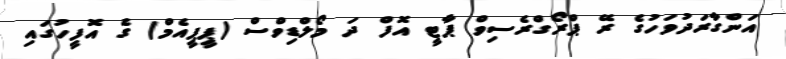
އަންގާރަދުވަހުގެ ރޭ ޕްރޯގްރެސިވް ޕާޓީ އޮފް ދަ މޯލްޑިވްސް (ޕީޕީއެމް) ގެ އޮފީހުގައި